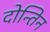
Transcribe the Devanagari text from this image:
दोन्तिन